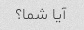
آیا شما؟